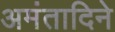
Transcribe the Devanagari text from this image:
अमंतादिने